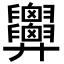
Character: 𢍹